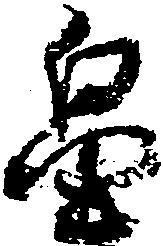
畠